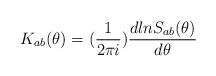
\begin{align*}K_{ab}(\theta) = ({1 \over 2\pi i}) {d ln S_{ab}(\theta) \over d\theta}\end{align*}